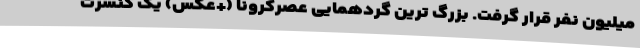
میلیون نفر قرار گرفت. بزرگ ترین گردهمایی عصرکرونا (+عکس) یک کنسرت